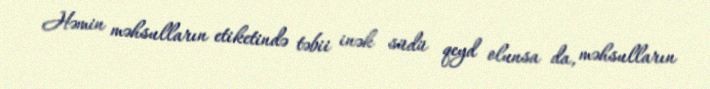
Həmin məhsulların etiketində təbii inək südü qeyd olunsa da, məhsulların